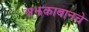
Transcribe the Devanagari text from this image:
अझकाबानचे